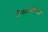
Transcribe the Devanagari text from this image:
नौखालीचाही